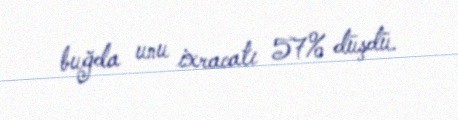
buğda unu ixracatı 57% düşdü.